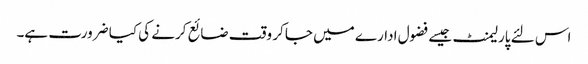
اس لئے پارلیمنٹ جیسے فضول ادارے میں جا کر وقت ضائع کرنے کی کیا ضرورت ہے۔